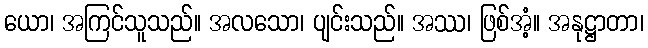
ယော၊ အကြင်သူသည်။ အလသော၊ ပျင်းသည်။ အဿ၊ ဖြစ်အံ့။ အနုဋ္ဌာတာ၊